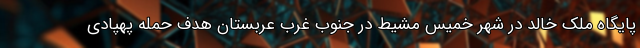
پایگاه ملک خالد در شهر خمیس مشیط در جنوب غرب عربستان هدف حمله پهپادی